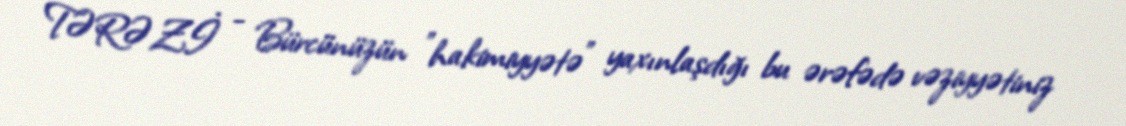
TƏRƏZİ - Bürcünüzün "hakimiyyətə" yaxınlaşdığı bu ərəfədə vəziyyətiniz